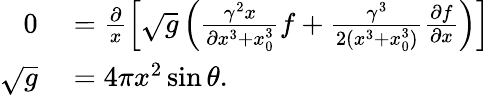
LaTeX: \begin{array}{rl}{0}&{{}=\frac{\partial}{x}\left[\sqrt{g}\left(\frac{\gamma^{2}x}{\partial x^{3}+x_{0}^{3}}f+\frac{\gamma^{3}}{2(x^{3}+x_{0}^{3})}\frac{\partial f}{\partial x}\right)\right]}\\ {\sqrt{g}}&{{}=4\pi x^{2}\sin\theta.}\end{array}